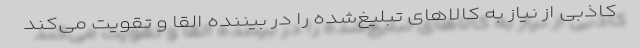
کاذبی از نیاز به کالاهای تبلیغ‌شده را در بیننده القا و تقویت می‌کند